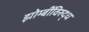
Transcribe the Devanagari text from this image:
झोम्बींविरुद्ध